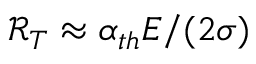
\mathscr { R } _ { T } \approx \alpha _ { t h } E / ( 2 \sigma )